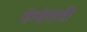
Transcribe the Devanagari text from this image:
वेग्वेगली